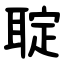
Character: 聢